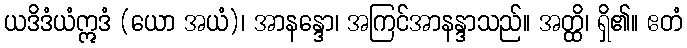
ယဒိဒံယံဣဒံ (ယော အယံ)၊ အာနန္ဒော၊ အကြင်အာနန္ဒာသည်။ အတ္ထိ၊ ရှိ၏။ ဧတံ